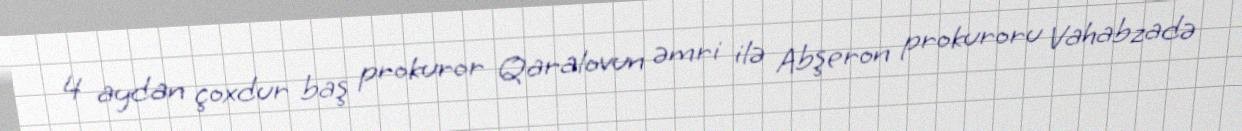
4 aydan çoxdur baş prokuror Qaralovun əmri ilə Abşeron prokuroru Vahabzadə